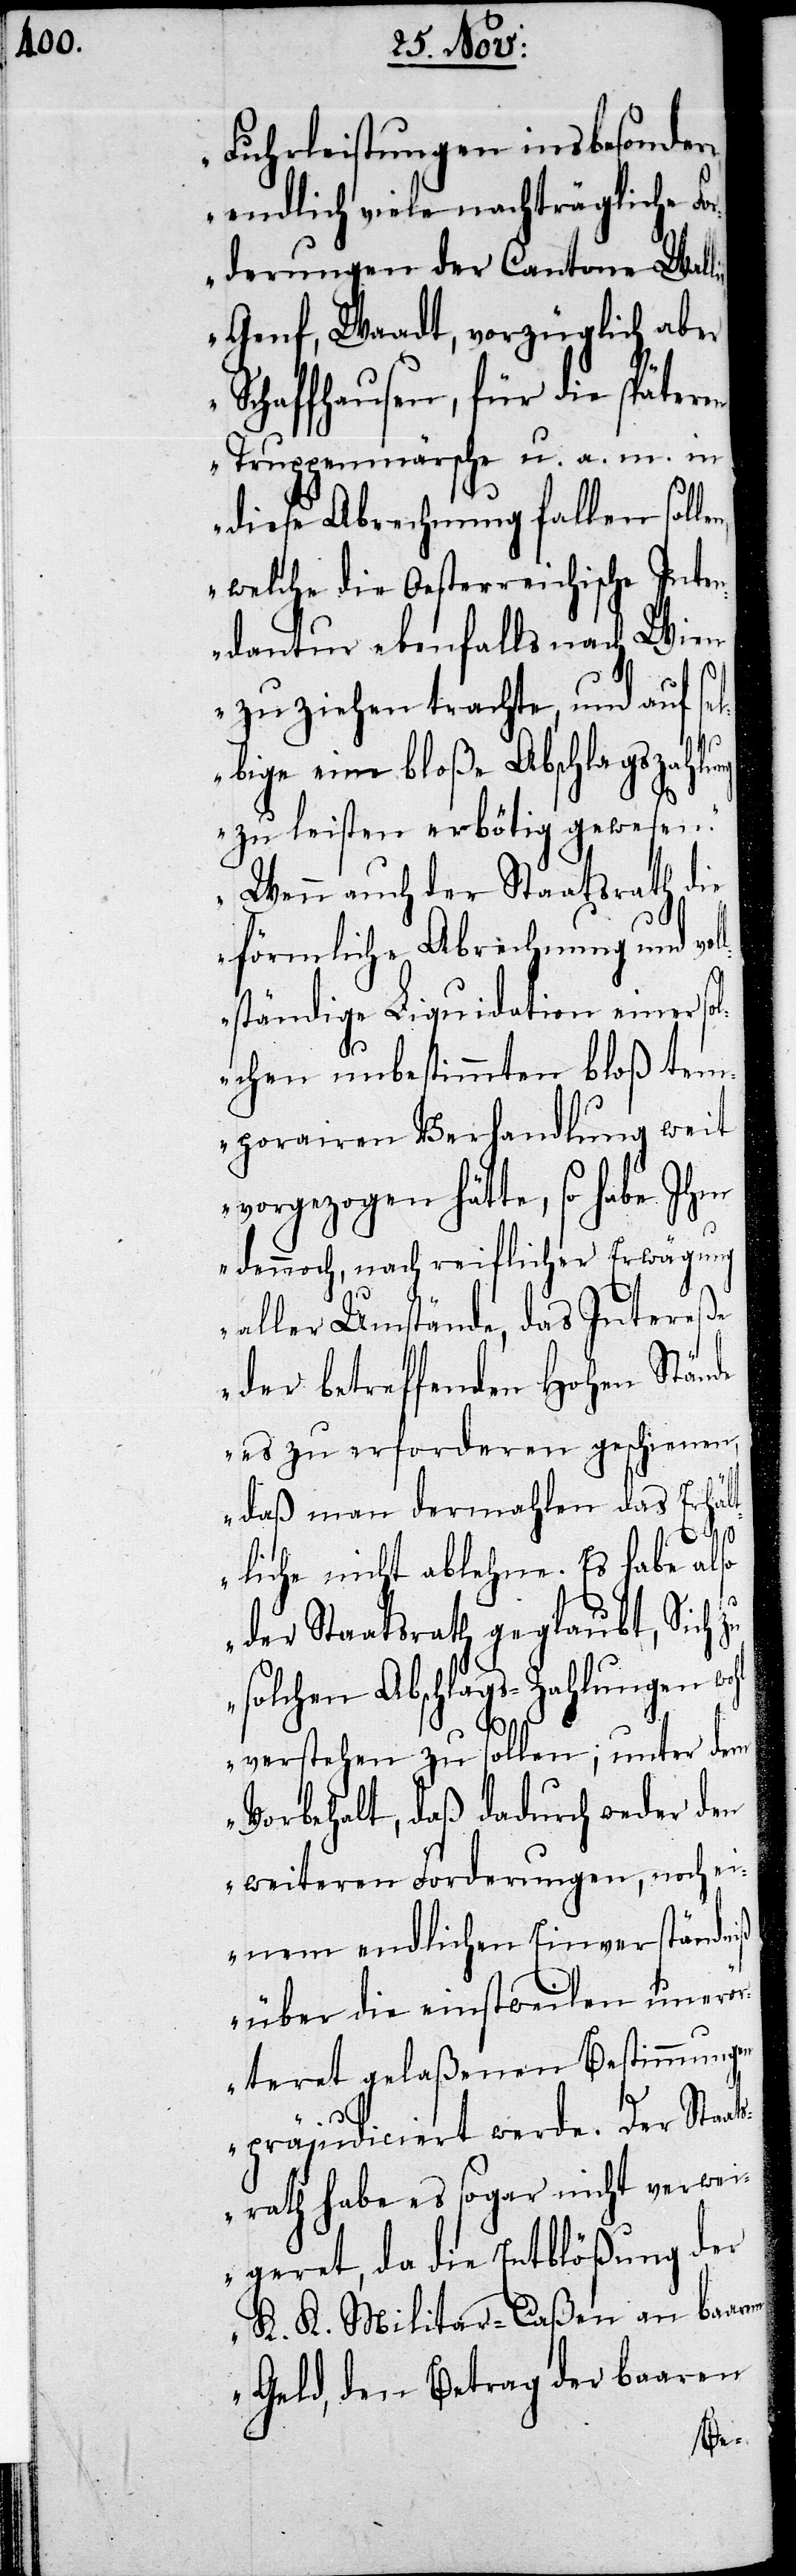
Fuhrleistungen insbesondere,
endlich viele nachträgliche F¬
orderungen der Cantone Wall¬
Genf, Waadt, vorzüglich aber
Schaffhausen, für die späteren
Truppenmärsche u. a. m. in
diese Abrechnung fallen soll¬
welche die Oesterreichische Inten¬
dantur ebenfalls nach Wien
zu ziehen trachte, und auf se¬
lbige eine bloße Abschlagszahl¬
zu leisten erbötig gewesen.
Wenn auch der Staatsrath die
förmliche Abrechnung und vo¬
ständige Liquidation einer so¬
lchen unbestimmten bloß tem¬
porairen Verhandlung weit
vorgezogen hätte, so habe Ihm
dennoch, nach reiflicher Erwägung
aller Umstände, das Intereße
der betreffenden Hohen Stände
es zu erforderen geschienen,
daß man dermahlen das Erhäl¬
ll¬
tliche nicht ablehne. Es habe also
der Staatsrath geglaubt, Sich
solchen Abschlags-Zahlungen wohl
verstehen zu sollen; unter dem
Vorbehalt, daß dadurch weder den
weiteren Forderungen, noch ei¬
nem endlichen Einverständniß
über die einstweilen unerö¬
rteret gelaßenen Bestimmungen
präjudiciert werde. Der Staat¬
srath habe es sogar nicht verwei¬
geret, da die Entblößung der
K. K. Militar-Caßen an baarem
Geld, den Betrag der baaren